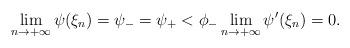
LaTeX: \begin{align*} \lim\limits_{n\rightarrow+\infty}\psi(\xi_n)=\psi_-=\psi_+<\phi_- \lim\limits_{n\rightarrow+\infty}\psi'(\xi_n)=0.\end{align*}